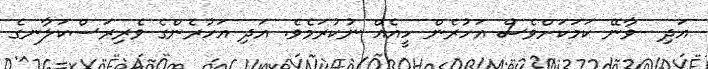
އަދި  ވާނޭ ކަމަކަށްވެސް އަހުރެން ހީއެއް ނުކުރަމެވެ. އަދި އަހުރެންގެ ވެރިރަސްކަލާނގެ